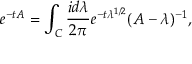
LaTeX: e ^ { - t A } = \int _ { C } \frac { i d \lambda } { 2 \pi } e ^ { - t \lambda ^ { 1 / 2 } } ( A - \lambda ) ^ { - 1 } ,